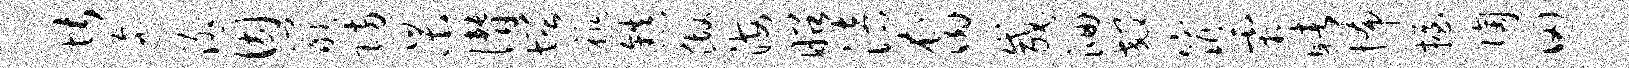
堪迤泖因岩防杲僭增祚镇做海昭涪裔咸洄郊窕霜睹怖握陶田